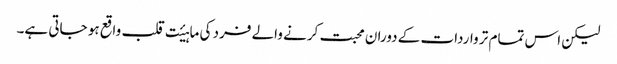
لیکن اس تمام تر واردات کے دوران محبت کرنے والے فرد کی ماہیٔت قلب واقع ہو جاتی ہے۔